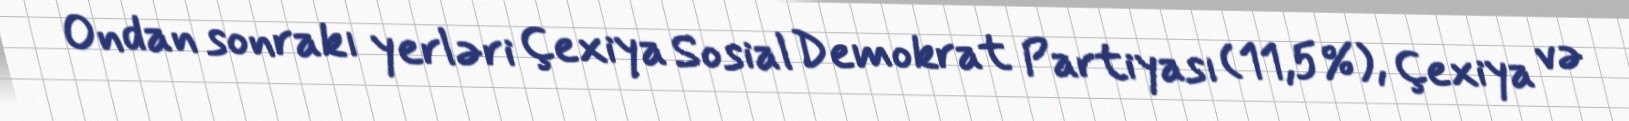
Ondan sonrakı yerləri Çexiya Sosial Demokrat Partiyası (11,5%), Çexiya və